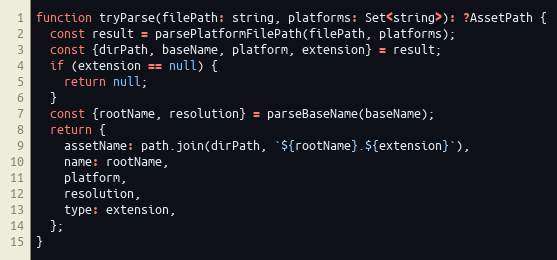
Language: JavaScript
function tryParse(filePath: string, platforms: Set<string>): ?AssetPath {
  const result = parsePlatformFilePath(filePath, platforms);
  const {dirPath, baseName, platform, extension} = result;
  if (extension == null) {
    return null;
  }
  const {rootName, resolution} = parseBaseName(baseName);
  return {
    assetName: path.join(dirPath, `${rootName}.${extension}`),
    name: rootName,
    platform,
    resolution,
    type: extension,
  };
}